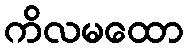
ကိလမထော